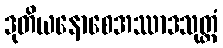
ဒုတိယနောစေအဿာဒသုတ္တံ